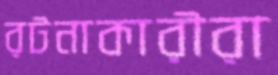
রটনাকারীরা